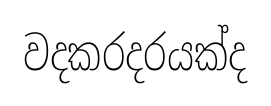
වදකරදරයක්ද